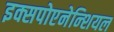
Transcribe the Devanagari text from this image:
इक्सपोएनेन्शियल